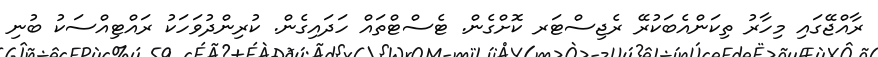
ރާއްޖޭގައި މިހާރު ތިކަންއެބަކުރޭ ރެޖިސްޓަރ ކޮށްގެން. ޓެސްޓްތައް ހަދައިގެން. ކުރިންދުވަހަކު ރައްޓިއްސަކު ބުނި